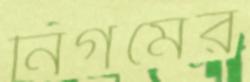
নিগমের